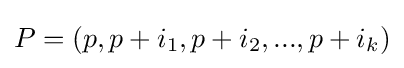
P=(p,p+i_{1},p+i_{2},...,p+i_{k})